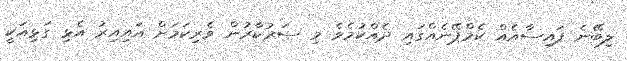
ލިބޭނެ ފައިސާއެއް ކެމްޕޭނެއްގައި ދެއްކުމެވެ މި ސަރުކާރުން ވެރިކަމަށް އައިއިރު އެޅި ގަޅިއަކީ